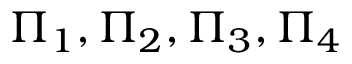
\Pi _ { 1 } , \Pi _ { 2 } , \Pi _ { 3 } , \Pi _ { 4 }